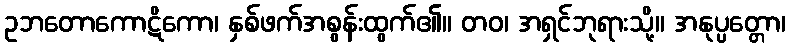
ဥဘတောကောဋိကော၊ နှစ်ဖက်အစွန်းထွက်၏။ တဝ၊ အရှင်ဘုရားသို့။ အနုပ္ပတ္တော၊